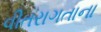
વીતરાગતાના